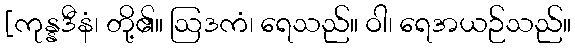
[ကုန္နဒီနံ၊ တို့၏။ ဩဒကံ၊ ရေသည်။ ဝါ၊ ရေအယဉ်သည်။